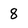
Character: 8